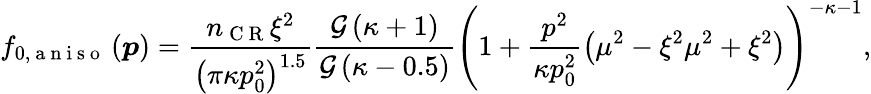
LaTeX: f_{0,\mathrm{~a~n~i~s~o~}}\left(\boldsymbol{p}\right)=\frac{n_{\mathrm{~C~R~}}\xi^{2}}{\left(\pi\kappa p_{0}^{2}\right)^{1.5}}\frac{\mathcal{G}\left(\kappa+1\right)}{\mathcal{G}\left(\kappa-0.5\right)}\left(1+\frac{p^{2}}{\kappa p_{0}^{2}}\left(\mu^{2}-\xi^{2}\mu^{2}+\xi^{2}\right)\right)^{-\kappa-1},